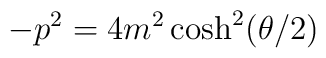
-p^2 = 4 m^2 \cosh ^2 (\theta/ 2)